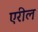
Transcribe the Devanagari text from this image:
एरील